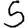
Digit: 5